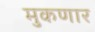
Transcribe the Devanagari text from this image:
मुकणार